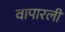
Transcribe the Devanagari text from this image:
वापारली